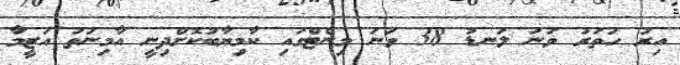
އިރު ހަތަރު ވަނަ ލަނޑު 38 ވަނަ މިނެޓްގައި ކާމިޔާބުކޮށްދިނީ އާމިނަތު އަޒީމާ